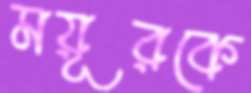
ময়ূরকে